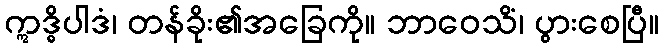
ဣဒ္ဓိပါဒံ၊ တန်ခိုး၏အခြေကို။ ဘာဝေသိံ၊ ပွားစေပြီ။